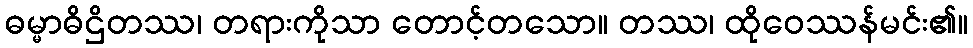
ဓမ္မာဓိဌိတဿ၊ တရားကိုသာ တောင့်တသော။ တဿ၊ ထိုဝေဿန်မင်း၏။